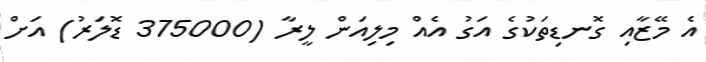
އެ މޭޒާއި ގޮނޑިތަކުގެ އަގު އެއް މިލިއަން ލީރާ (375000 ޑޮލަރު) އަށް